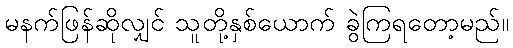
မနက်ဖြန်ဆိုလျှင် သူတို့နှစ်ယောက် ခွဲကြရတော့မည်။